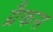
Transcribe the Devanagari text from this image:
ग्रैकस